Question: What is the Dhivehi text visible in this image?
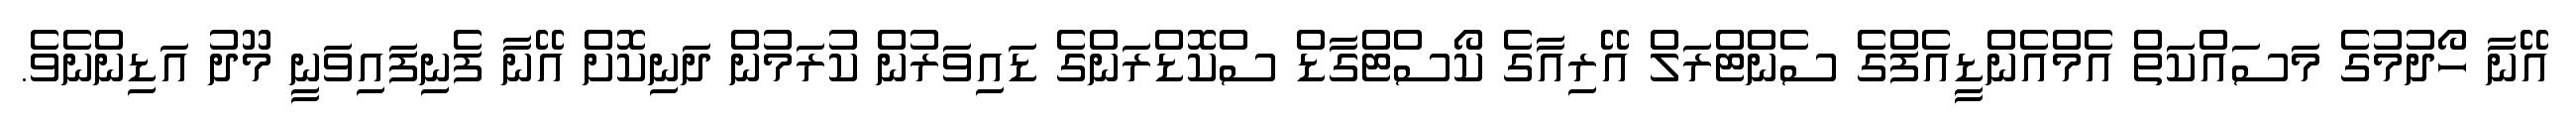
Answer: އޭނާ ހޯދުމުގެ މަސައްކަތް އެމްއެންޑީއެފްގެ ސެންޓްރަލް އޭރިއާގެ ކޯސްޓްގާޑް ސްކޮޑްރަންގެ ޑައިވަރުން ކުރަމުން ދަނިކޮށް އޭނާ ފެނިފައިވަނީ މޫދު އަޑިންނެވެ.